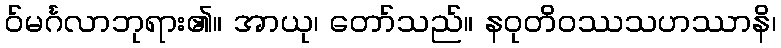
ဝ်မင်္ဂလာဘုရား၏။ အာယု၊ တော်သည်။ နဝုတိဝဿသဟဿာနိ၊